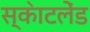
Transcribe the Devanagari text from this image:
स्का॓टलेंड